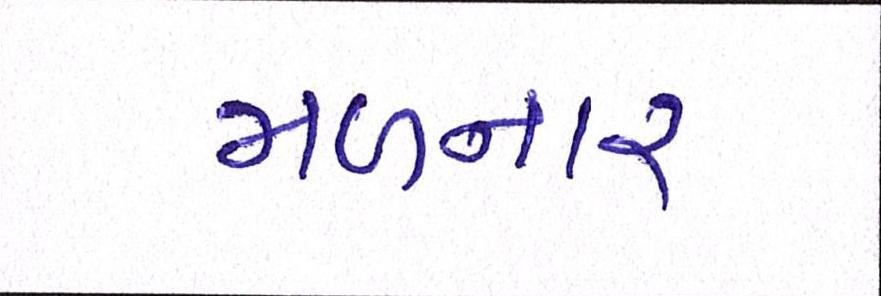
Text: મળનાર